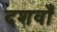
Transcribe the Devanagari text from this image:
दशवाँ